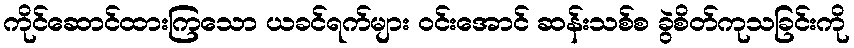
ကိုင်ဆောင်ထားကြသော ယခင်ရက်များ ဝင်းအောင် ဆန်းသစ်စ ခွဲစိတ်ကုသခြင်းကို